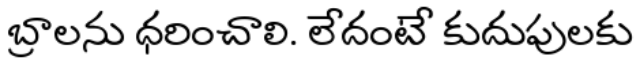
బ్రాలను ధరించాలి. లేదంటే కుదుపులకు